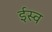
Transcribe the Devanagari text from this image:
ईस्व